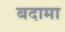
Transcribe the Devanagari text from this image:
बदामा